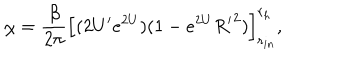
LaTeX: \chi = { \frac { \beta } { 2 \pi } } \left[ ( 2 U ^ { \prime } e ^ { 2 U } ) ( 1 - e ^ { 2 U } { R ^ { \prime } } ^ { 2 } ) \right] _ { r _ { i n } } ^ { r _ { h } } ,